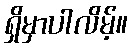
ရှိမှာပါလိမ့်။